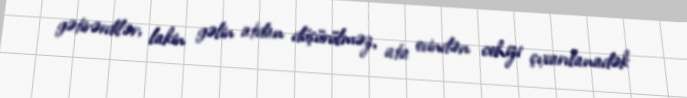
gətirərdilər, lakin gəlin atdan düşürülməz, ata evindən cehizi çıxarılanadək